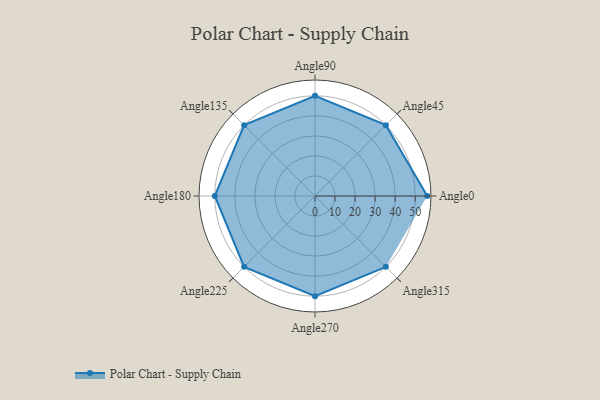
{"axis": {"x": "Angle", "y": "Radius"}, "legend": [""], "data": [{"x": "Angle0", "y": 56.0, "type": ""}, {"x": "Angle45", "y": 50, "type": ""}, {"x": "Angle90", "y": 50, "type": ""}, {"x": "Angle135", "y": 50, "type": ""}, {"x": "Angle180", "y": 50, "type": ""}, {"x": "Angle225", "y": 50, "type": ""}, {"x": "Angle270", "y": 50, "type": ""}, {"x": "Angle315", "y": 50, "type": ""}]}